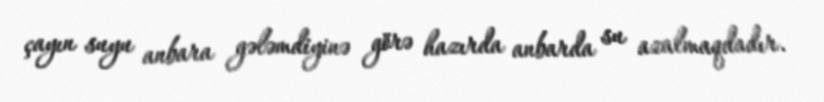
çayın suyu anbara gələmdiyinə görə hazırda anbarda su azalmaqdadır.